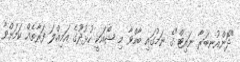
"ދޮންއުނބަރާ ނައިޓް"ގެ ނަމުގައި ބާއްވާ މި ޝޯއަކީ ހުޅުދޫގެ އަމިއްލަ ފަރާތެއް ކަމަށްވާ